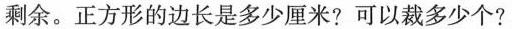
剩余。正方形的边长是多少厘米?可以裁多少个?